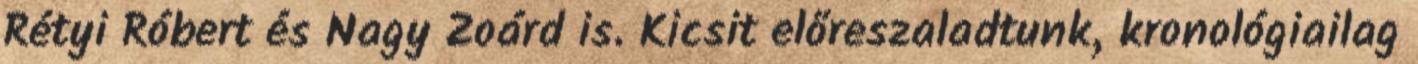
Rétyi Róbert és Nagy Zoárd is. Kicsit előreszaladtunk, kronológiailag